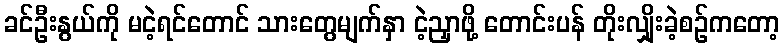
ခင်ဦးနွယ်ကို မငဲ့ရင်တောင် သားတွေမျက်နှာ ငဲ့ညှာဖို့ တောင်းပန် တိုးလျှိုးခဲ့စဉ်ကတော့